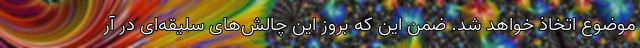
موضوع اتخاذ خواهد شد. ضمن این که بروز این چالش‌های سلیقه‌ای در آر